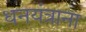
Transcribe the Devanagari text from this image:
धनयंत्राना